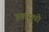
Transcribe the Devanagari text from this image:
इकसपो